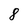
Character: 8